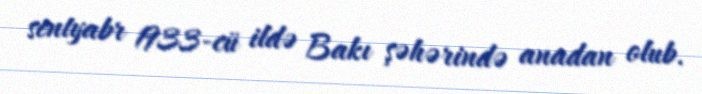
sentyabr 1933-cü ildə Bakı şəhərində anadan olub.